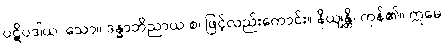
ပဋိပဒါယ၊ သော။ ဒန္ဓာဘိညာယ စ၊ ဖြင့်လည်းကောင်း။ နိယျန္တိ၊ ကုန်၏။ ဣမေ